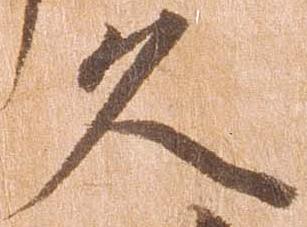
久